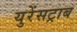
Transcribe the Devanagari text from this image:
युरेंसट्राब